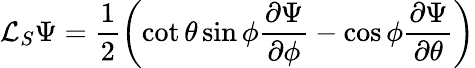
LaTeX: \mathcal{L}_{S}\Psi=\frac{1}{2}\left(\cot{\theta}\sin{\phi}\frac{\partial\Psi}{\partial\phi}-\cos{\phi}\frac{\partial\Psi}{\partial\theta}\right)